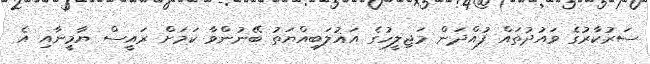
ސަރުކާރުގެ ވައުދުތައް ފުއްދަން މަޖިލީހުގެ އަޣުލަބިއްޔަތު ބޭނުންވާ ކަމަށް ރައީސް ޔާމީނާއި އެ